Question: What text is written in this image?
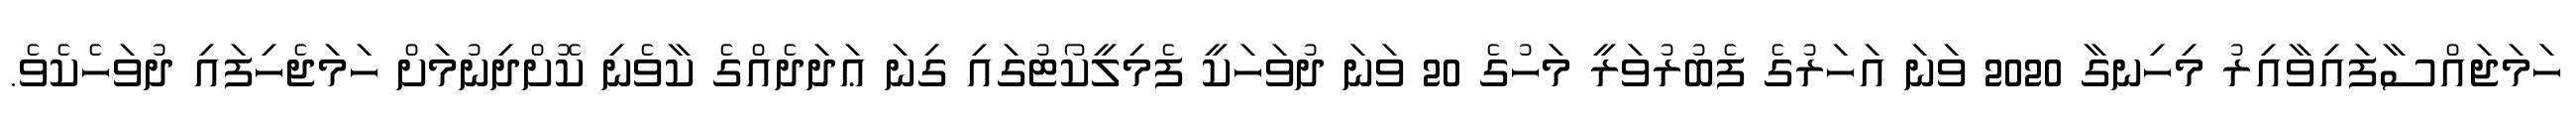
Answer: ހަމަޖައްސާފައިވާއިރު މިހިނގާ 2020 ވަނަ އަހަރުގެ ފެބުރުވަރީ މަހުގެ 20 ވަނަ ދުވަހަކީ ފެމިލީކޯޓުގައި ގިނަ ޢަދަދެއްގެ ކާވެނި ކޮށްދިނުމަށް ހަމަޖެހިފައި ދުވަހެކެވެ.